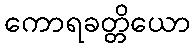
ကောရခတ္တိယော